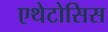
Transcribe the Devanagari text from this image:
एथेटोसिस